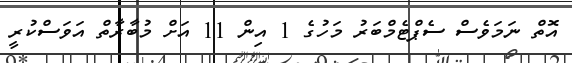
އޮތް ނަމަވެސް ސެޕްޓެމްބަރު މަހުގެ 1 އިން 11 އަށް މުބާރާތް އަވަސްކުރީ